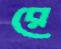
রে